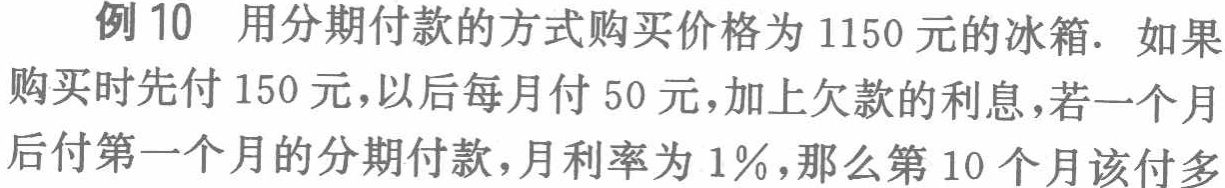
例10 用分期付款的方式购买价格为1150元的冰箱. 如果购买时先付150元，以后每月付50元，加上欠款的利息，若一个月后付第一个月的分期付款，月利率为1%，那么第10个月该付多